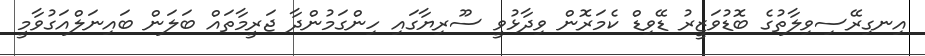
އިނގިރޭސިވިލާތުގެ ބޮޑުވަޒީރު ޑޭވިޑް ކެމަރޮން ވިދާޅުވީ ސޫރިޔާގައި ހިންގަމުންދާ ޖަރީމާތައް ބަލަން ބައިނަލްއަގުވާމީ